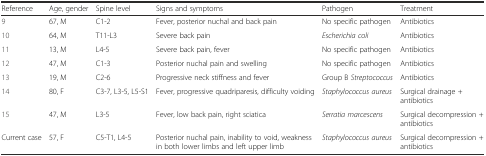
| Reference | Age, gender | Spine level | Signs and symptoms | Pathogen | Treatment |
 | --- | --- | --- | --- | --- | --- |
 | 9 | 67, M | C1-2 | Fever, posterior nuchal and back pain | No specific pathogen | Antibiotics |
 | 10 | 64, M | T11-L3 | Severe back pain | Escherichia coli | Antibiotics |
 | 11 | 13, M | L4-5 | Severe back pain, fever | No specific pathogen | Antibiotics |
 | 12 | 47, M | C1-3 | Posterior nuchal pain and swelling | No specific pathogen | Antibiotics |
 | 13 | 19, M | C2-6 | Progressive neck stiffness and fever | Group B Streptococcus | Antibiotics |
 | 14 | 80, F | C3-7, L3-5, L5-S1 | Fever, progressive quadriparesis, difficulty voiding | Staphylococcus aureus | Surgical drainage + antibiotics |
 | 15 | 47, M | L3-5 | Fever, low back pain, right sciatica | Serratia marcescens | Surgical decompression + antibiotics |
 | Current case | 57, F | C5-T1, L4-5 | Posterior nuchal pain, inability to void, weakness in both lower limbs and left upper limb | Staphylococcus aureus | Surgical decompression + antibiotics |